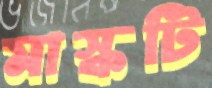
মাস্কটি